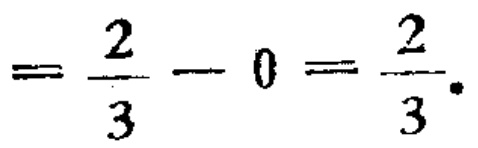
$=\frac{2}{3}-0=\frac{2}{3}.$